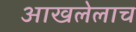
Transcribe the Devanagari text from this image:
आखलेलाच